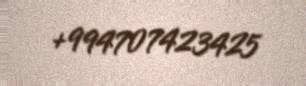
+994707423425